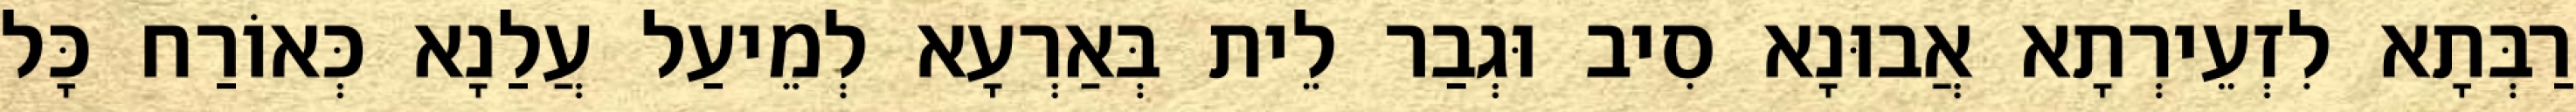
רַבְּתָא לִזְעֵירְתָא אֲבוּנָא סִיב וּגְבַר לֵית בְּאַרְעָא לְמֵיעַל עֲלַנָא כְּאוֹרַח כָּל